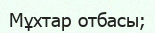
Мұхтар отбасы;